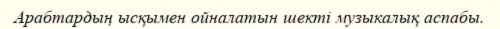
Арабтардың ысқымен ойналатын шекті музыкалық аспабы.